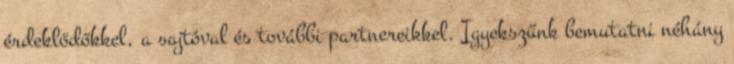
érdeklődőkkel, a sajtóval és további partnereikkel. Igyekszünk bemutatni néhány